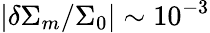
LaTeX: \vert\delta\Sigma_{m}/\Sigma_{0}\vert\sim 10^{-3}